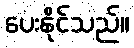
ပေးနိုင်သည်။